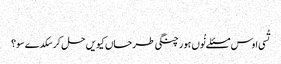
‏
تُسی اوس مسئلے نُوں ہور چنگی طرحاں کیویں حل کر سکدے سو؟